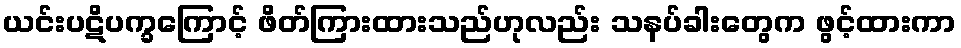
ယင်းပဋိပက္ခကြောင့် ဖိတ်ကြားထားသည်ဟုလည်း သနပ်ခါးတွေက ဖွင့်ထားကာ